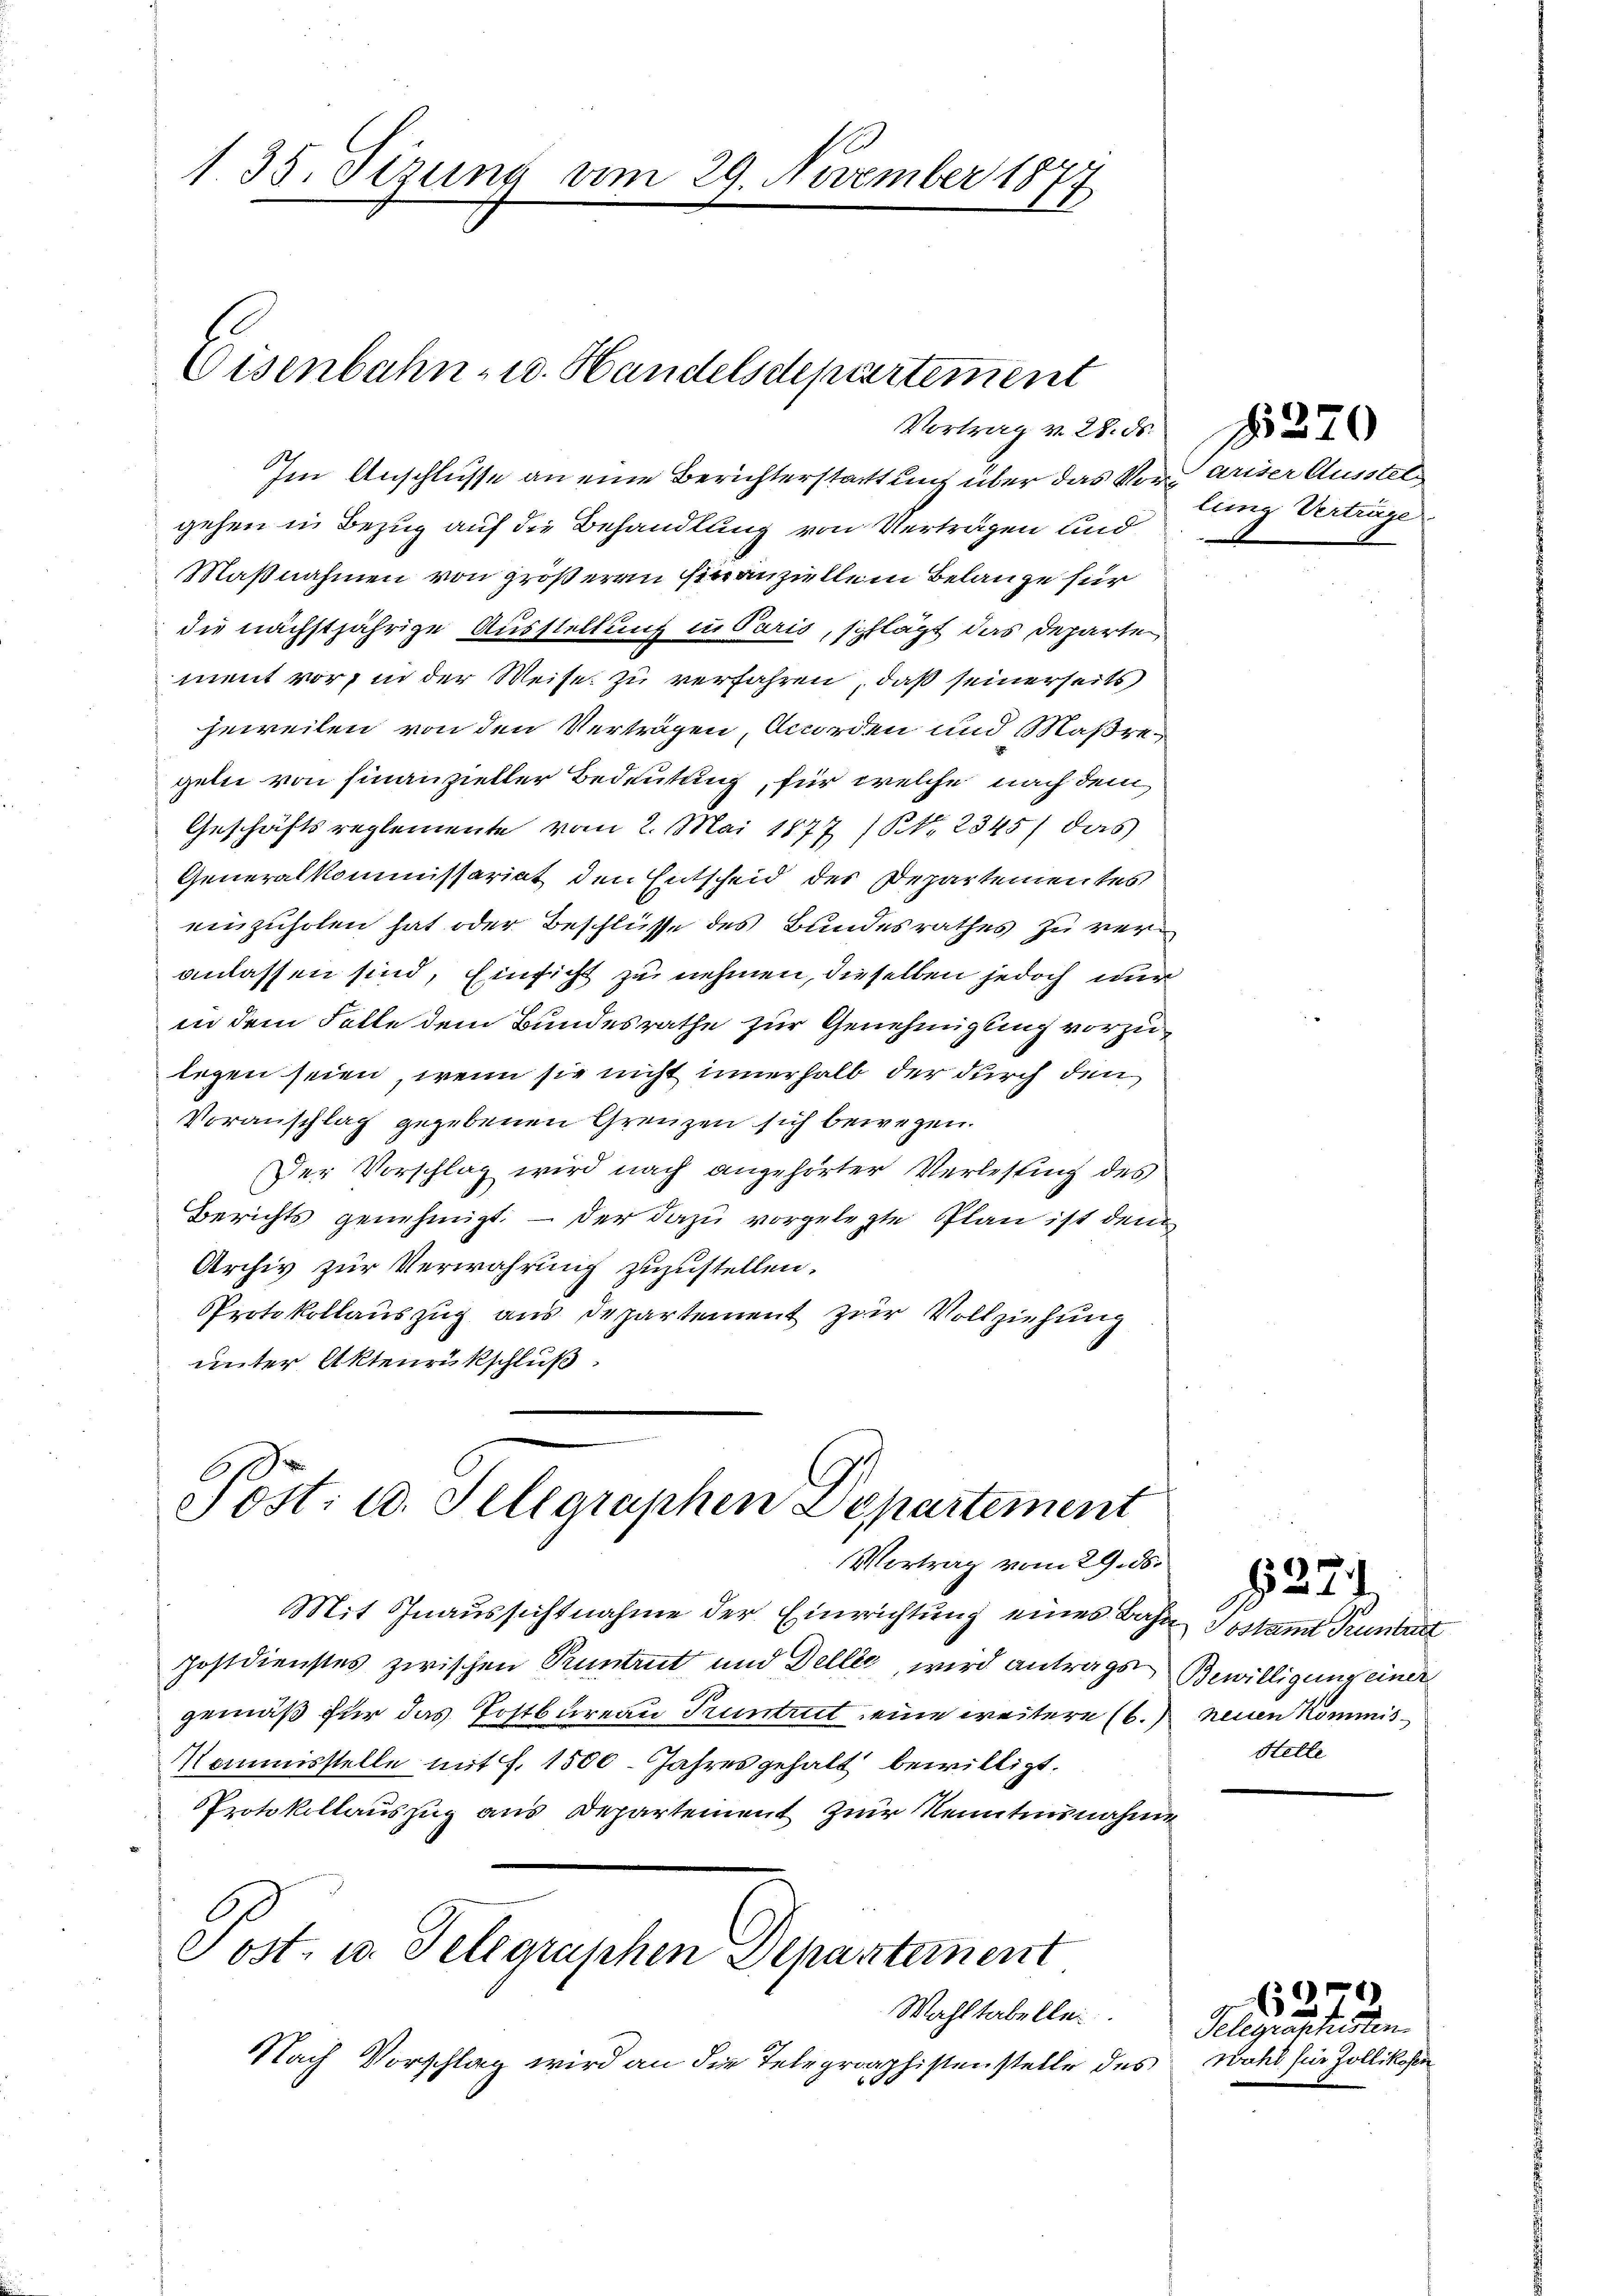
Vortrag v. 28. ds.
Im Anschlusse an eine Berichterstattung über das Vor ariser Ausstelgehen in Bezug auf die Behandlung von Verträgen und
Maßnahmen von größeren Finanziellein Belange für
die nächstjährige Ausstellung in Paris, schlägt das Departe
ment vor, in der Weise zu verfahren, daß seinerseits
jeweilen von den Verträgen, worden und Maßregeln von Finanzieller Bedeutung, für welche nach dem
Geschäftsreglemente vom 2. Mai 1877 (S. 2345) das
Generalkommissariat den Entscheid der Departementes
einzuholen hat oder Beschlüsse des Bundesrathes zu veranlassen sind, Einsicht zu nehmen, dieselben jedoch nur
in dem Falle dem Bundesrathe zur Genehmigung vorzulegen seien, wenn sie nicht innerhalb der durch den
Voranschlag gegebenen Grenzen sich bewegen.
Der Vorschlag wird nach angehörter Verlesung des
Berichts genehmigt. - Der dazu vorgelegte Plan ist dem
Archiv zur Verwahrung zuzustellen.
Protokollauszug aus Departement zur Vollziehung
unter Aktenrikschluß

1. 38. Sizung vom 29. November 1877

Eisenbahn- u. Handelsdepartement

Post: 10. Sellgraphen Departement
Vortrag vom 29. 28.

Mit Inaussichtnahme der Einrichtung eines Bahn Jostamt Pruntert
postdienstes zwischen Pruntrut und Dellig, wird antrags Bewilligung einer
gemäß für das Postbureau Pruntrut eine weitere (6. neuen Kommis¬
Kommisstelle mit f. 1500. Jahres gehalt bewilligt.
PProtokollauszug aus Departement zur Kenntnisnahme
Post- u. Telegraphen Departement
Wahltabellei
Nach Vorschlag wird an die Telegrap
Eistenstelle des
90

lung Vertrage

N 220

Stelle

wahl für Zollikosen

Telegraschiesten

09